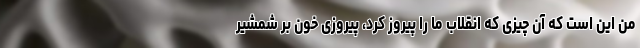
من این است که آن چیزی که انقلاب ما را پیروز کرد، پیروزی خون بر شمشیر